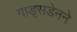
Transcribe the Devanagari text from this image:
गाड्सडेनने